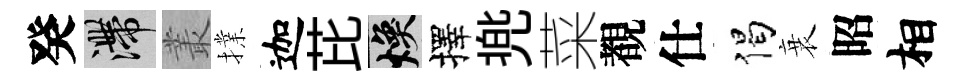
癸滯叢擈迦芘焕擇兠菜覩仕偈衰昭相